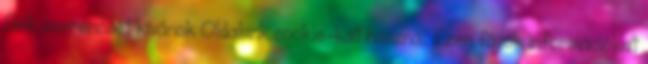
Sok szerencsét kívánok Oldalunk cookie-kat használ. Ezen fájlok információkat